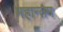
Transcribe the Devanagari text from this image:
महान्तम